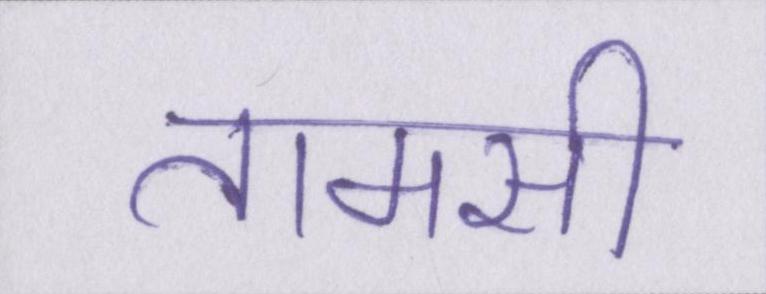
तामसी